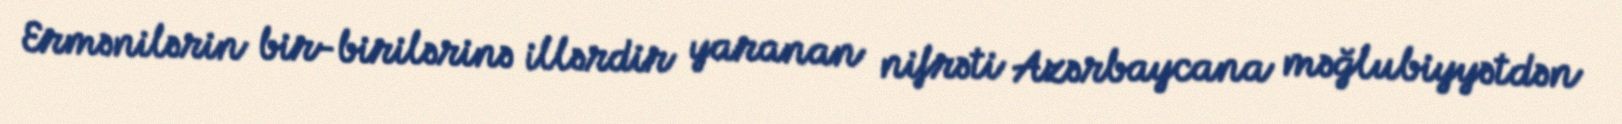
Ermənilərin bir-birilərinə illərdir yaranan nifrəti Azərbaycana məğlubiyyətdən